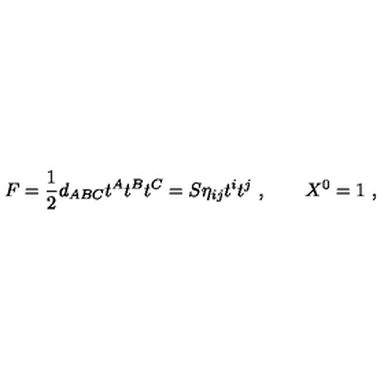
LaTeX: F = { \frac { 1 } { 2 } } d _ { A B C } t ^ { A } t ^ { B } t ^ { C } = S \eta _ { i j } t ^ { i } t ^ { j } \ , \qquad X ^ { 0 } = 1 \ ,